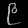
Digit: ၉